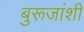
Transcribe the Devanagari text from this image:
बुरूजांशी